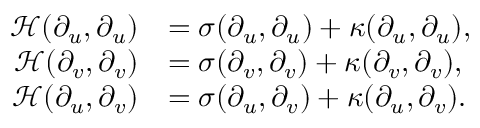
\begin{array} { r l } { \mathcal { H } ( \partial _ { u } , \partial _ { u } ) } & { = \sigma ( \partial _ { u } , \partial _ { u } ) + \kappa ( \partial _ { u } , \partial _ { u } ) , } \\ { \mathcal { H } ( \partial _ { v } , \partial _ { v } ) } & { = \sigma ( \partial _ { v } , \partial _ { v } ) + \kappa ( \partial _ { v } , \partial _ { v } ) , } \\ { \mathcal { H } ( \partial _ { u } , \partial _ { v } ) } & { = \sigma ( \partial _ { u } , \partial _ { v } ) + \kappa ( \partial _ { u } , \partial _ { v } ) . } \end{array}